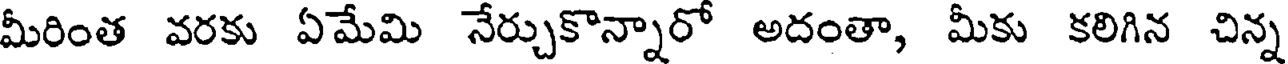
మీరింత వరకు ఏమేమి నేర్చుకొన్నారో అదంతా, మీకు కలిగిన చిన్న